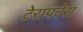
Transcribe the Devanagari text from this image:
टेरापटेरा